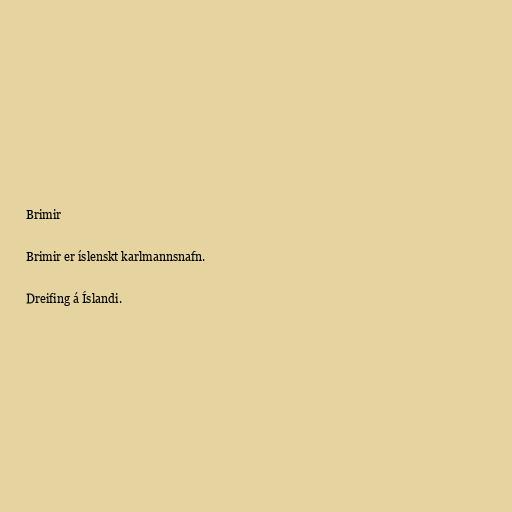
Brimir

Brimir er íslenskt karlmannsnafn.

Dreifing á Íslandi.